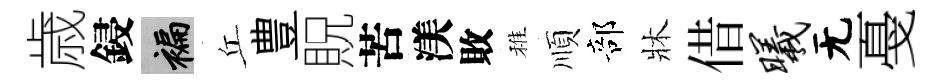
歳鋟褊丘豊貺苦渼敗稚順部牀借曦无戞